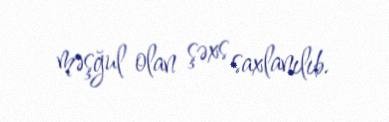
məşğul olan şəxs saxlanılıb.